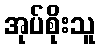
အုပ်စိုးသူ